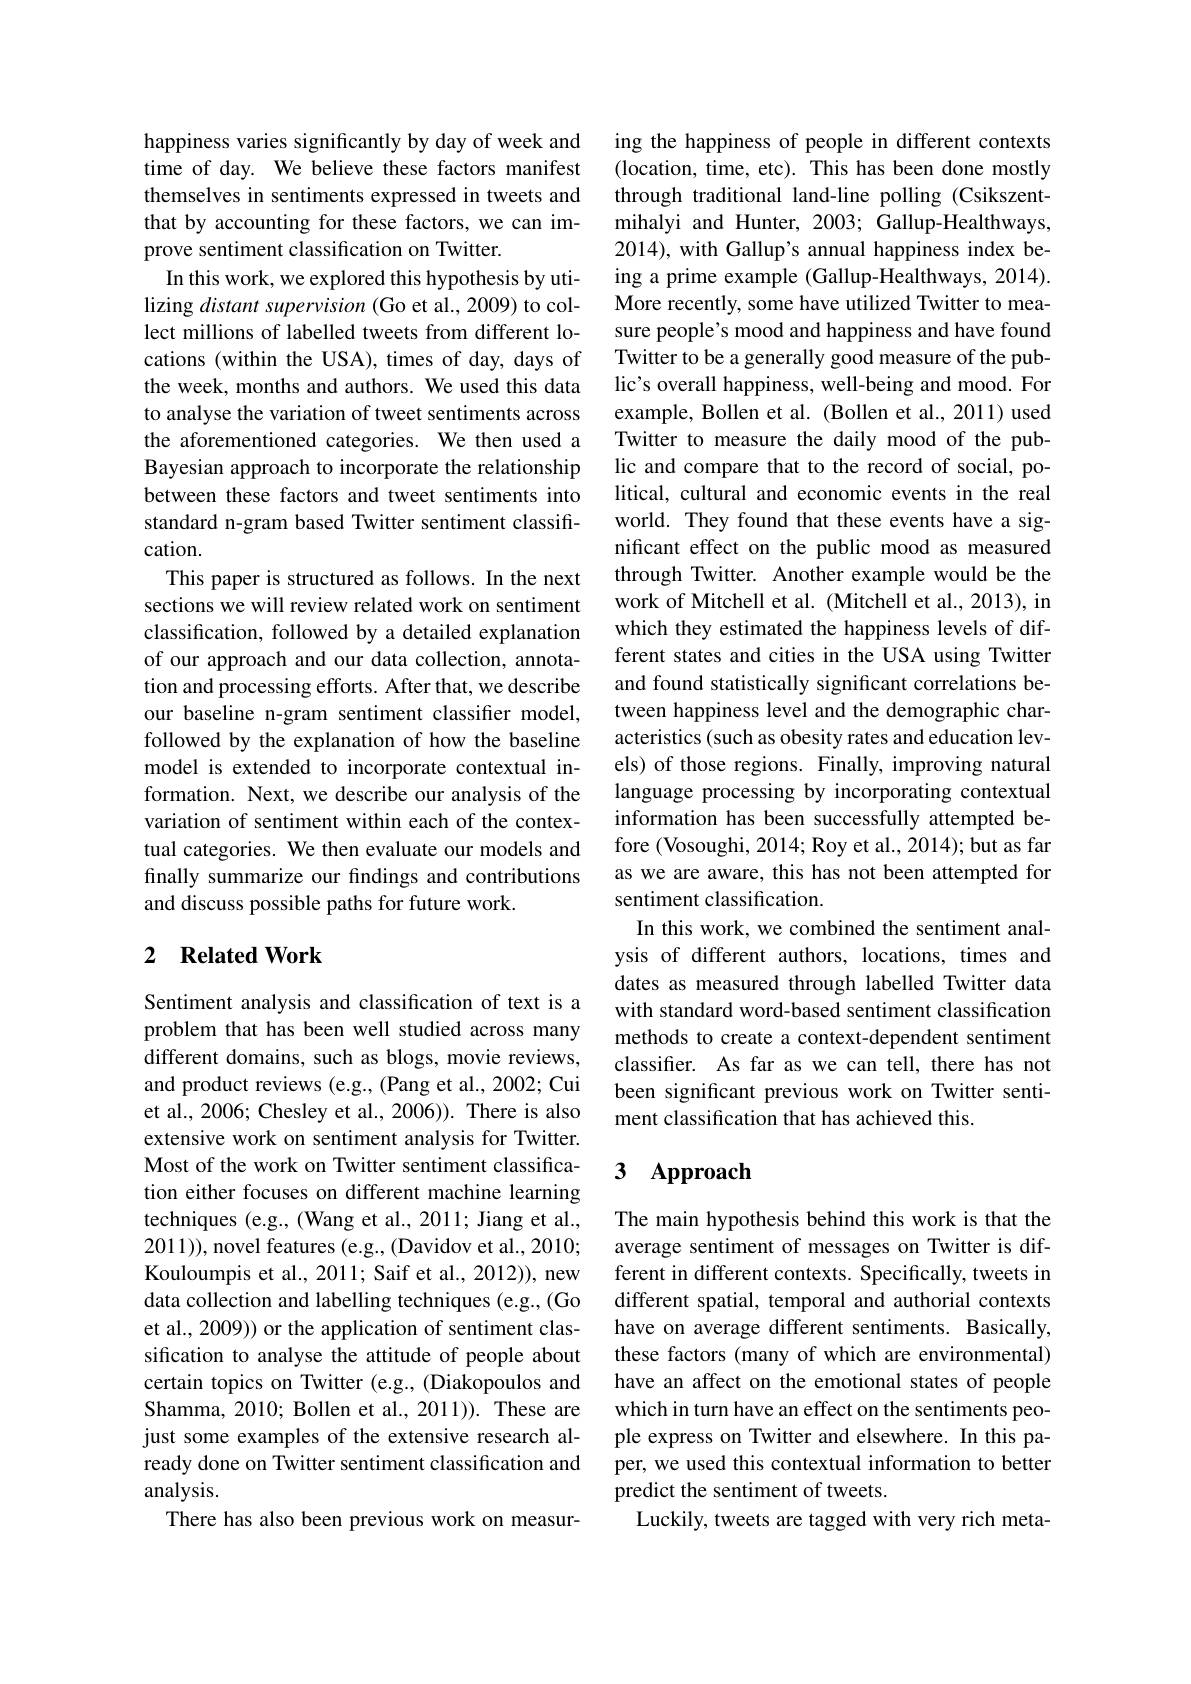
happiness varies significantly by day of week and time of day. We believe these factors manifest themselves in sentiments expressed in tweets and that by accounting for these factors, we can improve sentiment classification on Twitter.
In this work, we explored this hypothesis by utilizing distant supervision (Go et al., 2009) to collect millions of labelled tweets from different locations (within the USA), times of day, days of the week, months and authors. We used this data to analyse the variation of tweet sentiments across the aforementioned categories. We then used a Bayesian approach to incorporate the relationship between these factors and tweet sentiments into standard n-gram based Twitter sentiment classification.
This paper is structured as follows. In the next sections we will review related work on sentiment classification, followed by a detailed explanation of our approach and our data collection, annotation and processing efforts. After that, we describe our baseline n-gram sentiment classifier model, followed by the explanation of how the baseline model is extended to incorporate contextual information. Next, we describe our analysis of the variation of sentiment within each of the contextual categories. We then evaluate our models and finally summarize our findings and contributions and discuss possible paths for future work.

## 2 Related Work

Sentiment analysis and classification of text is a problem that has been well studied across many different domains, such as blogs, movie reviews, and product reviews (e.g., (Pang et al., 2002; Cui et al., 2006; Chesley et al., 2006)). There is also extensive work on sentiment analysis for Twitter. Most of the work on Twitter sentiment classification either focuses on different machine learning techniques (e.g., (Wang et al., 2011; Jiang et al., 2011)),novel features (e.g., (Davidov et al., 2010; Kouloumpis et al., 2011; Saif et al., 2012)), new data collection and labelling techniques (e.g., (Go et al., 2009)) or the application of sentiment classification to analyse the attitude of people about certain topics on Twitter (e.g., (Diakopoulos and Shamma, 2010; Bollen et al., 2011)). These are just some examples of the extensive research already done on Twitter sentiment classification and analysis.
There has also been previous work on measur-

ing the happiness of people in different contexts (location, time, etc). This has been done mostly through traditional land-line polling (Csikszentmihalyi and Hunter, 2003; Gallup-Healthways, 2014), with Gallup's annual happiness index being a prime example (Gallup-Healthways, 2014). More recently, some have utilized Twitter to measure people's mood and happiness and have found Twitter to be a generally good measure of the public's overall happiness, well-being and mood. For example, Bollen et al. (Bollen et al., 2011) used Twitter to measure the daily mood of the public and compare that to the record of social, political, cultural and economic events in the real world. They found that these events have a significant effect on the public mood as measured through Twitter. Another example would be the work of Mitchell et al. (Mitchell et al., 2013), in which they estimated the happiness levels of different states and cities in the USA using Twitter and found statistically significant correlations between happiness level and the demographic characteristics (such as obesity rates and education levels) of those regions. Finally, improving natural language processing by incorporating contextual information has been successfully attempted before (Vosoughi, 2014; Roy et al., 2014); but as far as we are aware, this has not been attempted for sentiment classification.
In this work, we combined the sentiment analysis of different authors, locations, times and dates as measured through labelled Twitter data with standard word-based sentiment classification methods to create a context-dependent sentiment classifer. As far as we can tell, there has not been significant previous work on Twitter sentiment classification that has achieved this.

## 3 $\mathbf{Approach}$

The main hypothesis behind this work is that the average sentiment of messages on Twitter is different in different contexts. Specifically, tweets in different spatial, temporal and authorial contexts have on average different sentiments. Basically, these factors (many of which are environmental) have an affect on the emotional states of people which in turn have an effect on the sentiments people express on Twitter and elsewhere. In this paper, we used this contextual information to better predict the sentiment of tweets.
Luckily, tweets are tagged with very rich meta-